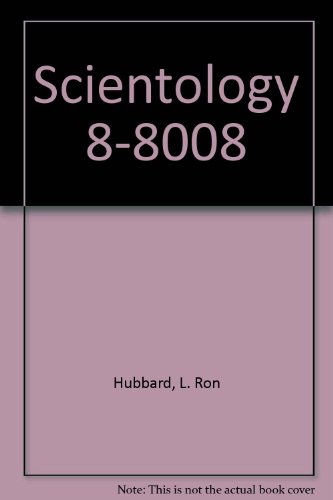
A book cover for Scientology 8-8008; L. Ron Hubbard; Religion & Spirituality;